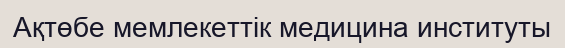
Ақтөбе мемлекеттік медицина институты